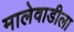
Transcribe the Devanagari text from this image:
मालेवाडीला